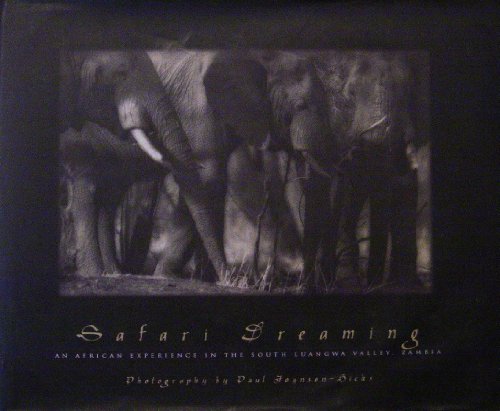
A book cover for Safari Dreaming: An African Safari Experience in the South Luangwa Valley, Zambia; Paul Joynson-Hicks; Travel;